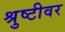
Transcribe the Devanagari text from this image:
श्रुष्टीवर